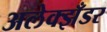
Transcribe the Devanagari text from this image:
अलेक्झँडर